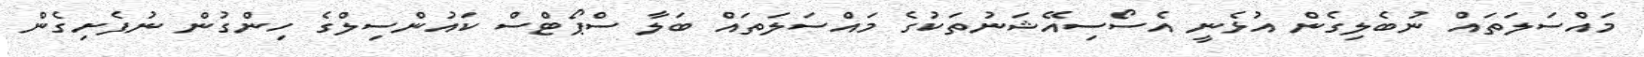
މައްސަލަތައް ނުބެލިގެން އުޅެނީ އެސޯސިއޭޝަނުތަކުގެ މައްސަލަތައް ބަލާ ސްޕޯޓްސް ކައުންސިލްގެ ހިންގުން ނުފެށިގެން